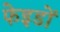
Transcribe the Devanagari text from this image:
फेइडों